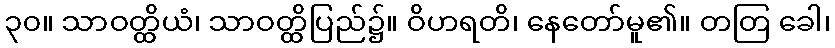
၃၀။ သာဝတ္ထိယံ၊ သာဝတ္ထိပြည်၌။ ဝိဟရတိ၊ နေတော်မူ၏။ တတြ ခေါ၊